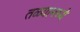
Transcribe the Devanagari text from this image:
तळ्यामध्ये